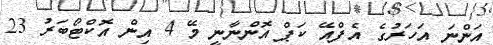
އަންނަ އަހަރުގެ އެފްއޭ ކަޕް އޮންނާނީ މޭ 4 އިން އޮކްޓޯބަރު 23